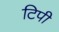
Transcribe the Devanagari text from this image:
टिपी